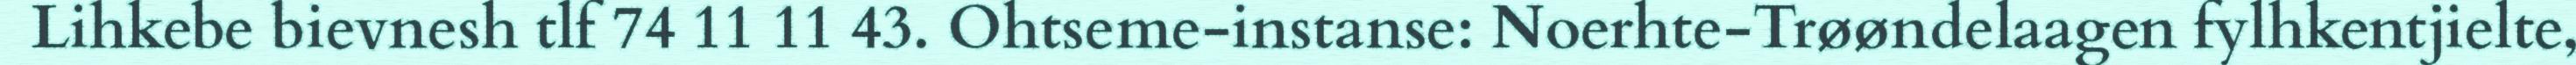
Lihkebe bievnesh tlf 74 11 11 43. Ohtseme-instanse: Noerhte-Trøøndelaagen fylhkentjielte,